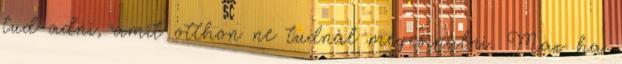
tud adni, amit otthon ne tudnál megcsinálni. Max ha